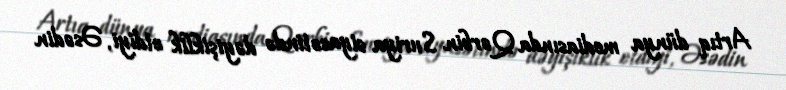
Artıq dünya mediasında Qərbin Suriya siyasətində dəyişiklik etdiyi, Əsədin